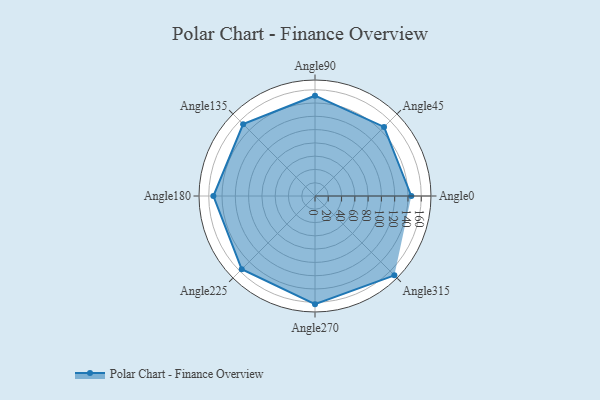
{"axis": {"x": "Angle", "y": "Radius"}, "legend": [""], "data": [{"x": "Angle0", "y": 145.0, "type": ""}, {"x": "Angle45", "y": 147.0, "type": ""}, {"x": "Angle90", "y": 151.0, "type": ""}, {"x": "Angle135", "y": 153.0, "type": ""}, {"x": "Angle180", "y": 153.0, "type": ""}, {"x": "Angle225", "y": 156.0, "type": ""}, {"x": "Angle270", "y": 163.0, "type": ""}, {"x": "Angle315", "y": 169.0, "type": ""}]}